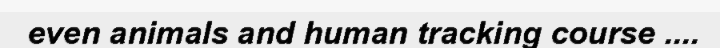
even animals and human tracking course ....